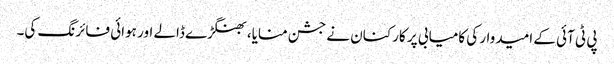
پی ٹی آئی کے امیدوار کی کامیابی پر کارکنان نے جشن منایا، بھنگڑے ڈالے اور ہوائی فائرنگ کی۔